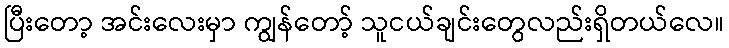
ပြီးတော့ အင်းလေးမှာ ကျွန်တော့် သူငယ်ချင်းတွေလည်းရှိတယ်လေ။